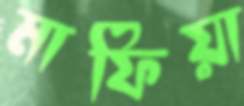
মাফিয়া